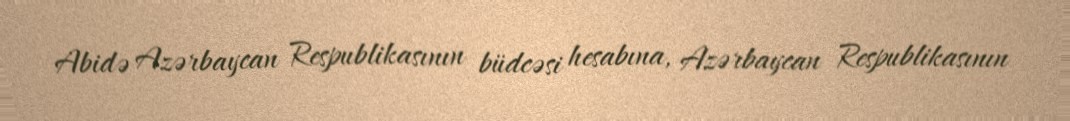
Abidə Azərbaycan Respublikasının büdcəsi hesabına, Azərbaycan Respublikasının